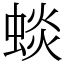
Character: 䗊